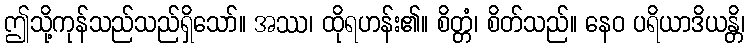
ဤသို့ကုန်သည်သည်ရှိသော်။ အဿ၊ ထိုရဟန်း၏။ စိတ္တံ၊ စိတ်သည်။ နေဝ ပရိယာဒိယန္တိ၊